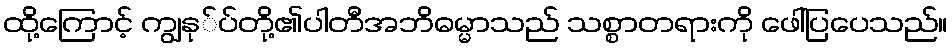
ထို့ကြောင့် ကျွနု်ပ်တို့၏ပါတီအဘိဓမ္မာသည် သစ္စာတရားကို ဖေါ်ပြပေသည်။